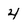
Character: 4